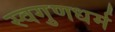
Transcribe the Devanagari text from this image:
स्वगुणधर्म